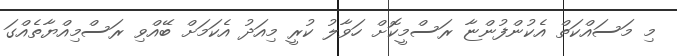
މި މަސައްކަތް އެކުންފުންޏާ ރަސްމީކޮށް ހަވާލު ކުރީ މިއަދު އެކަމަށް ބޭއްވި ރަސްމިއްޔާތެއްގަ